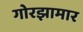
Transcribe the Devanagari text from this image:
गोरझामार